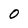
Character: 0